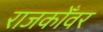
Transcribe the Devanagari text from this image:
राजकोँवर